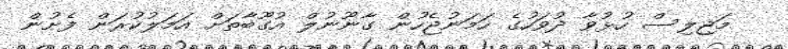
މަޖިލިސް ހުޅުވާ ދުވަހުގެ ހަމަނުޖެހުން ގާނޫނުލް އުގޫބާތަށް އަމަލުކުރަން ފެށުން